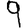
Digit: 9